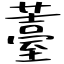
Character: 薹